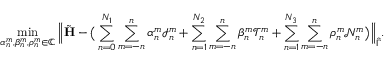
\operatorname* { m i n } _ { \alpha _ { n } ^ { m } , \beta _ { n } ^ { m } , \rho _ { n } ^ { m } \in \mathbb C } \Big \| \tilde { \mathbf { H } } - \big ( \sum _ { n = 0 } ^ { N _ { 1 } } \sum _ { m = - n } ^ { n } \alpha _ { n } ^ { m } \mathcal { I } _ { n } ^ { m } + \sum _ { n = 1 } ^ { N _ { 2 } } \sum _ { m = - n } ^ { n } \beta _ { n } ^ { m } \mathcal { T } _ { n } ^ { m } + \sum _ { n = 1 } ^ { N _ { 3 } } \sum _ { m = - n } ^ { n } \rho _ { n } ^ { m } \mathcal { N } _ { n } ^ { m } \big ) \Big \| _ { \hat { \Gamma } } .